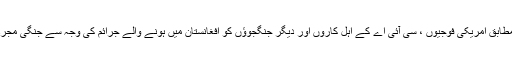
دی گارڈین کے مطابق امریکی فوجیوں ، سی آئی اے کے اہل کاروں اور دیگر جنگجوؤں کو افغانستان میں ہونے والے جرائم کی وجہ سے جنگی مجرم قرار دیا جائے ۔